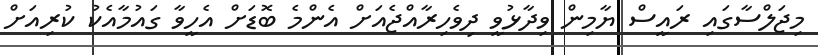
މިޖަލްސާގައި ރައީސް ޔާމިން ވިދާޅުވީ ދިވެހިރާއްޖެއަށް އެންމެ ބޮޑަށް އެހީވާ ގައުމާއެކު ކުރިއަށް